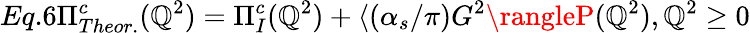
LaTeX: Eq.6\Pi_{Theor.}^{c}(\mathbb{Q}^{2})=\Pi_{I}^{c}(\mathbb{Q}^{2})+\langle(\alpha_{s}/\pi)G^{2}\rangleP(\mathbb{Q}^{2}),\mathbb{Q}^{2}\geq0